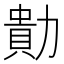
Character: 𭅁